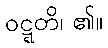
ဝဋ္ဋတိ၊ ၏။